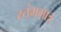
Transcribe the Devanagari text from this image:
स्तंभमात्र